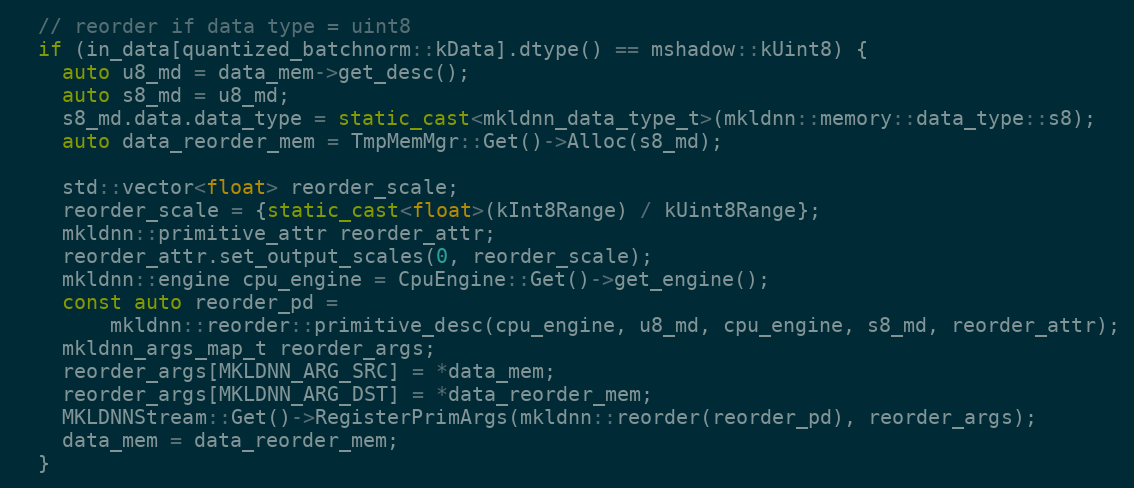
Language: C++
  // reorder if data type = uint8
  if (in_data[quantized_batchnorm::kData].dtype() == mshadow::kUint8) {
    auto u8_md = data_mem->get_desc();
    auto s8_md = u8_md;
    s8_md.data.data_type = static_cast<mkldnn_data_type_t>(mkldnn::memory::data_type::s8);
    auto data_reorder_mem = TmpMemMgr::Get()->Alloc(s8_md);

    std::vector<float> reorder_scale;
    reorder_scale = {static_cast<float>(kInt8Range) / kUint8Range};
    mkldnn::primitive_attr reorder_attr;
    reorder_attr.set_output_scales(0, reorder_scale);
    mkldnn::engine cpu_engine = CpuEngine::Get()->get_engine();
    const auto reorder_pd =
        mkldnn::reorder::primitive_desc(cpu_engine, u8_md, cpu_engine, s8_md, reorder_attr);
    mkldnn_args_map_t reorder_args;
    reorder_args[MKLDNN_ARG_SRC] = *data_mem;
    reorder_args[MKLDNN_ARG_DST] = *data_reorder_mem;
    MKLDNNStream::Get()->RegisterPrimArgs(mkldnn::reorder(reorder_pd), reorder_args);
    data_mem = data_reorder_mem;
  }